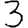
Digit: 3